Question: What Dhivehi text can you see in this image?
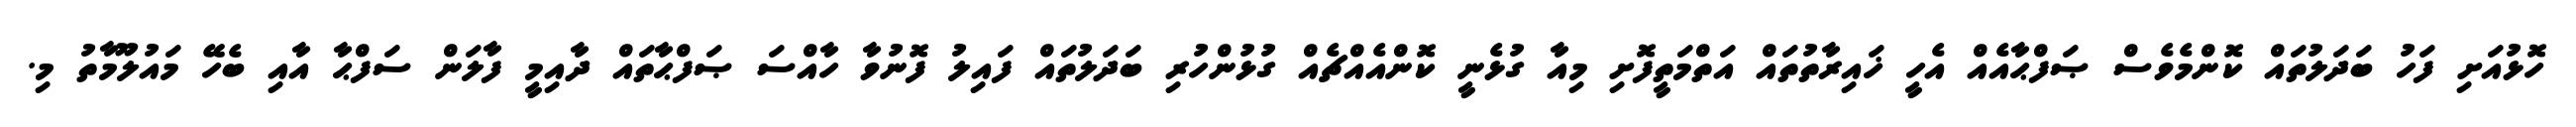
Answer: ހޮޅުއަށި ފަހު ބަދަލުތައް ކޮންމެވެސް ޞަފްޙާއެއް އެހީ ޚައިރާތުތައް އަތްމަތީފޮށި މިއާ ގުޅެނީ ކޮންއެއްޗެއް ގުޅުންހުރި ބަދަލުތައް ފައިލު ފޮނުވާ ހާއްސަ ޞަފްޙާތައް ދާއިމީ ފާލަން ސަފްޙާ އާއި ބެހޭ މައުލޫމާތު މި.